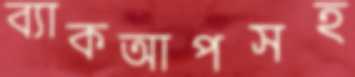
ব্যাকআপসহ